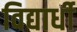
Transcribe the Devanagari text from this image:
विद्यार्धी